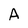
Character: A